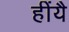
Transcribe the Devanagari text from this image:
हींयै